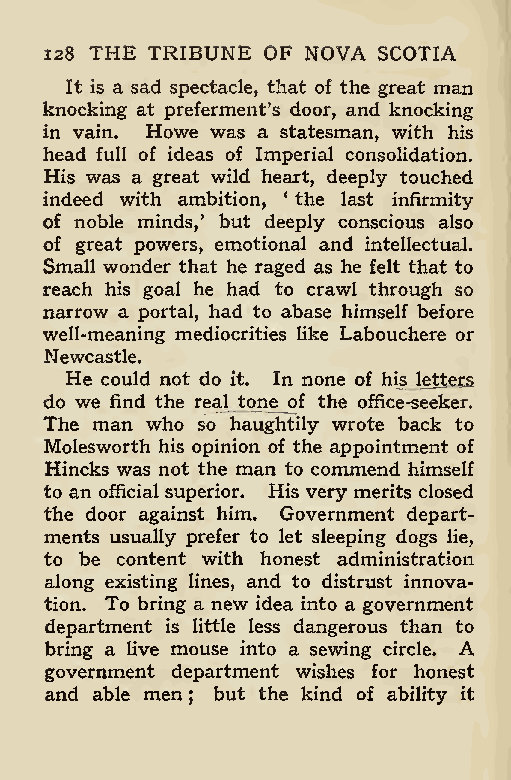
128 THE TRIBUNE OF NOVA SCOTIA
 It is a sad spectacle, that of the great man
 knocking at preferment’s door, and knocking
 in vain. Howe was a statesman, with his
 head full of ideas of Imperial consolidation.
 His was a great wild heart, deeply touched
 indeed with ambition, 4 the last infirmity
 of noble minds,’ but deeply conscious also
 of great powers, emotional and intellectual.
 Small wonder that he raged as he felt that to
 reach his goal he had to crawl through so
 narrow a portal, had to abase himself before
 well-meaning mediocrities like Labouchere or
 Newcastle.
 He could not do it. In none of his letters
 do we find the real tone of the office-seeker.
 The man who so haughtily wrote back to
 Molesworth his opinion of the appointment of
 Hincks was not the man to commend himself
 to an official superior. His very merits closed
 the door against him. Government depart-
 ments usually prefer to let sleeping dogs lie,
 to be content with honest administration
 along existing lines, and to distrust innova-
 tion. To bring a new idea into a government
 department is little less dangerous than to
 bring a live mouse into a sewing circle. A
 government department wishes for honest
 and able men but the kind of ability it
 ;